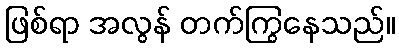
ဖြစ်ရာ အလွန် တက်ကြွနေသည်။